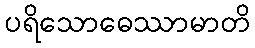
ပရိသောဓေဿာမာတိ